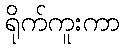
ရိုက်ကူးကာ